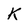
Character: K